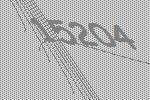
15204